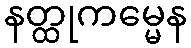
နတ္ထုကမ္မေန